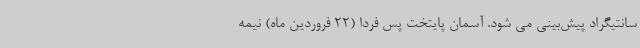
سانتیگراد پیش‌بینی می شود. آسمان پایتخت پس فردا (22 فروردین ماه) نیمه